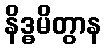
နိဒ္ဓမိတွာန